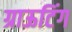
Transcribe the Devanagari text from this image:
ग्राऊटिंग